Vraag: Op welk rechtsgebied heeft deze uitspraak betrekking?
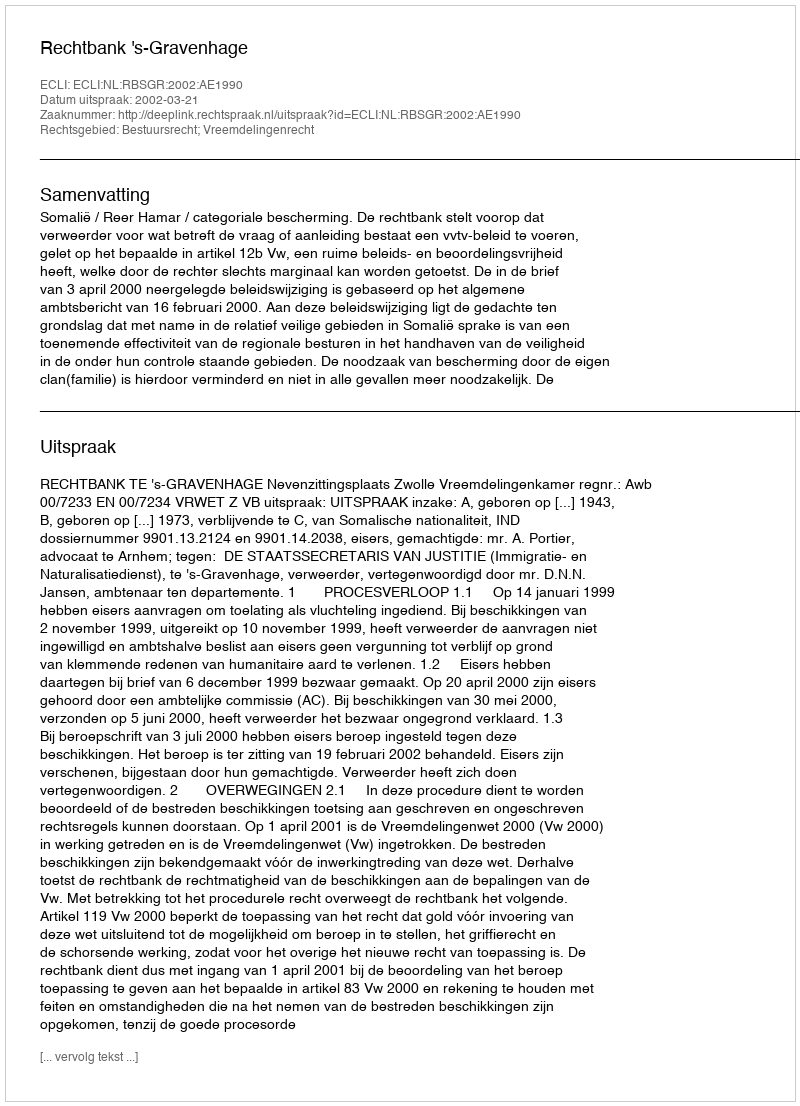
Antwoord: Bestuursrecht; Vreemdelingenrecht